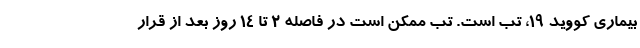
بیماری کووید 19، تب است. تب ممکن است در فاصله 2 تا 14 روز بعد از قرار